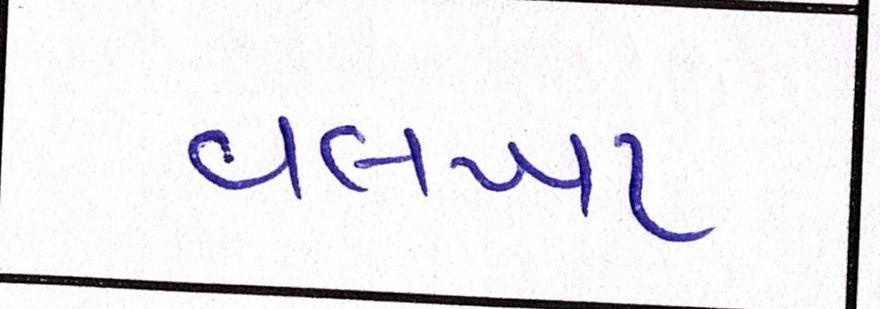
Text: વલખા